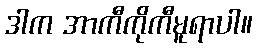
ဒါက အာကီကိုကီမူရာပါ။